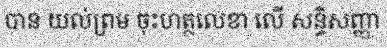
បាន យល់ព្រម ចុះហត្ថលេខា លើ សន្ធិសញ្ញា